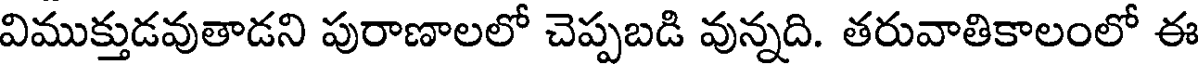
విముక్తుడవుతాడని పురాణాలలో చెప్పబడి వున్నది. తరువాతికాలంలో ఈ